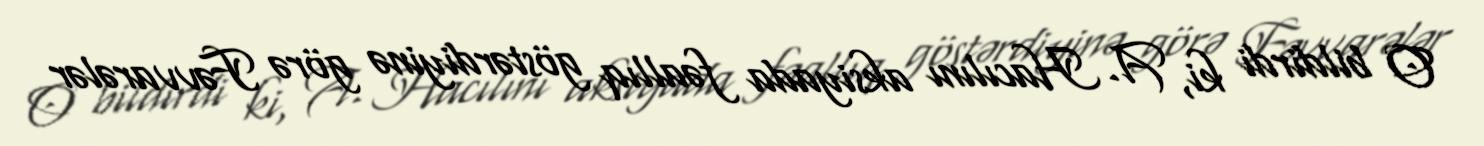
O bildirdi ki, A. Hacılını aksiyada fəallıq göstərdiyinə görə Fəvvarələr